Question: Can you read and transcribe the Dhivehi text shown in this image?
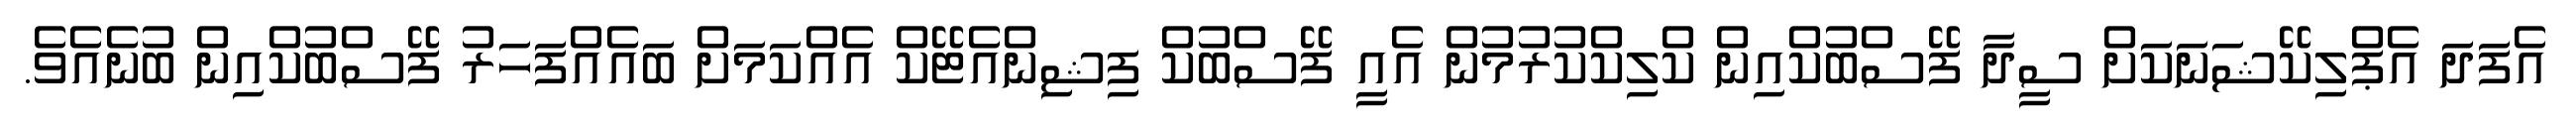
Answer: އެފަދަ އެޕްލިކޭޝަނަކަށް ސީދާ ފޭސްބުކްއިން ކްލިކްކުރުމުން އެއީ ފޭސްބުކް ފިޝިންއެޓޭކް އެއްކަމަށް ބައެއްފަހަރު ފޭސްބުކްއިން ބުނެއެވެ.